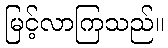
မြင့်လာကြသည်။